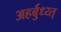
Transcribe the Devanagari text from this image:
अहर्बुध्य्त्